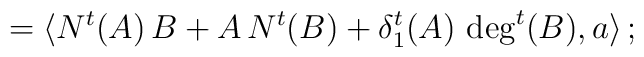
= \langle N^t (A) \, B +  A \, N^t (B) + \delta_1^t (A) \, \deg^t (B) , a \rangle \, ;